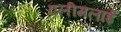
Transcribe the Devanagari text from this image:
एलीमलाई